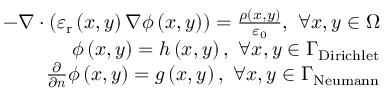
\begin{array} { r } { - \nabla \cdot \left( \varepsilon _ { \mathrm { r } } \left( x , y \right) \nabla \phi \left( x , y \right) \right) = \frac { \rho \left( x , y \right) } { \varepsilon _ { 0 } } , ~ \forall x , y \in \Omega } \\ { \phi \left( x , y \right) = h \left( x , y \right) , ~ \forall x , y \in \Gamma _ { \mathrm { D i r i c h l e t } } } \\ { \frac { \partial } { \partial \boldsymbol { n } } \phi \left( x , y \right) = g \left( x , y \right) , ~ \forall x , y \in \Gamma _ { \mathrm { N e u m a n n } } } \end{array}